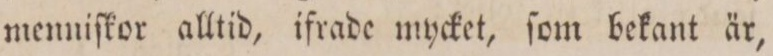
menniſkor alltid, ifrade mycket, ſom bekant är,